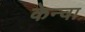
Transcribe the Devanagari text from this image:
केन्वा